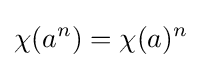
\chi (a^{n})=\chi (a)^{n}